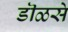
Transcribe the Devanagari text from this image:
डॊळसे